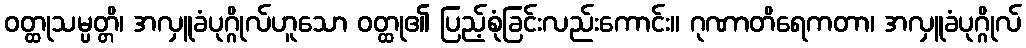
ဝတ္ထုသမ္ပတ္တိ၊ အလှူခံပုဂ္ဂိုလ်ဟူသော ဝတ္ထု၏ ပြည့်စုံခြင်းလည်းကောင်း။ ဂုဏာတိရေကတာ၊ အလှူခံပုဂ္ဂိုလ်